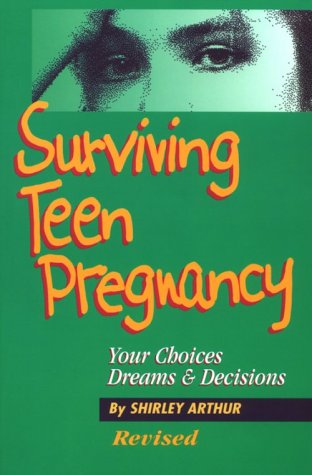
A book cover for Surviving Teen Pregnancy: Your Choices, Dreams & Decisions (Teen Pregnancy and Parenting series); Shirley Arthur; Teen & Young Adult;